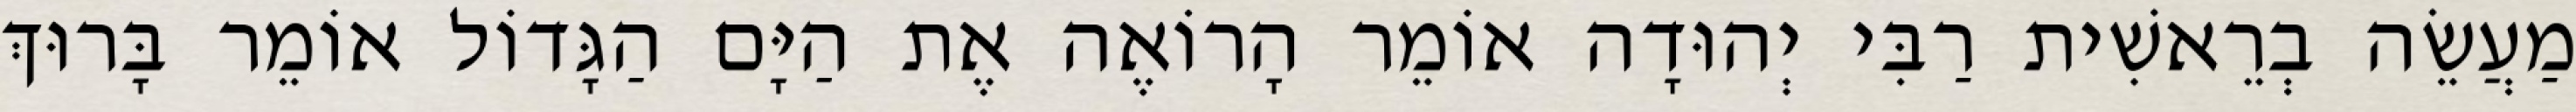
מַעֲשֵׂה בְרֵאשִׁית רַבִּי יְהוּדָה אוֹמֵר הָרוֹאֶה אֶת הַיָּם הַגָּדוֹל אוֹמֵר בָּרוּךְ